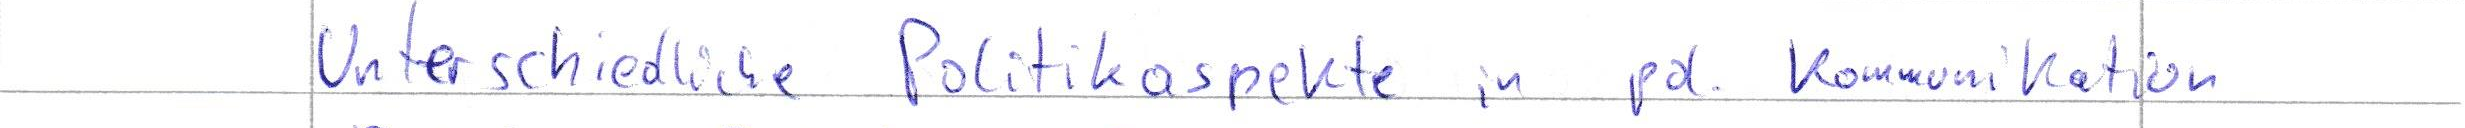
Unterschiedliche Politikaspekte in pd. Kommunikation